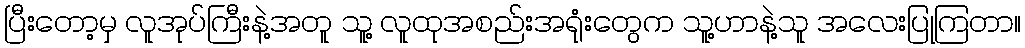
ပြီးတော့မှ လူအုပ်ကြီးနဲ့အတူ သူ့ လူထုအစည်းအရုံးတွေက သူ့ဟာနဲ့သူ အလေးပြုကြတာ။